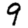
Digit: 9